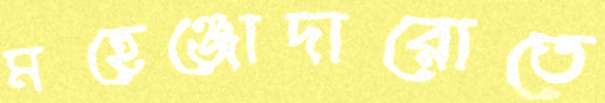
মহেঞ্জোদারোতে